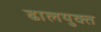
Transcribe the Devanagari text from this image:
ढालयुक्त